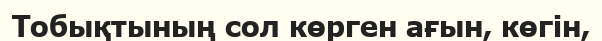
Тобықтының сол көрген ағын, көгін,